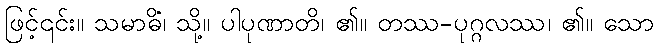
ဖြင့်၎င်း။ သမာဓိံ၊ သို့။ ပါပုဏာတိ၊ ၏။ တဿ-ပုဂ္ဂလဿ၊ ၏။ သော